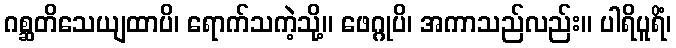
ဂစ္ဆတိသေယျထာပိ၊ ရောက်သကဲ့သို့။ ဖေဂ္ဂုပိ၊ အကာသည်လည်း။ ပါရိပူရိံ၊